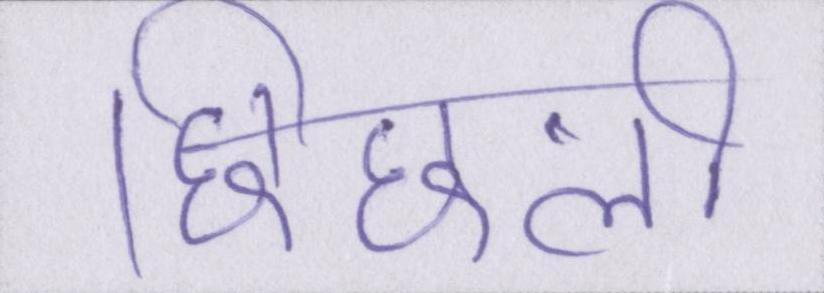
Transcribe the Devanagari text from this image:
छिछली